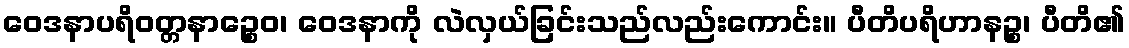
ဝေဒနာပရိဝတ္တနာဉ္စေဝ၊ ဝေဒနာကို လဲလှယ်ခြင်းသည်လည်းကောင်း။ ပီတိပရိဟာနဉ္စ၊ ပီတိ၏